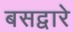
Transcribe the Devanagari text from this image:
बसद्वारे